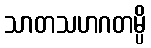
သာတသဟဂတမ္ပိ